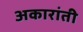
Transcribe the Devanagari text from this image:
अकारांती